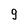
Character: g